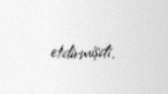
etdirmişdi.